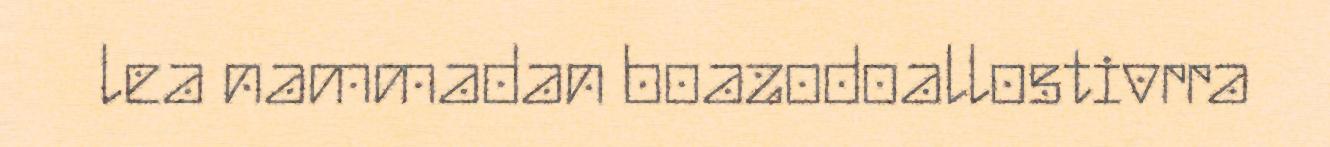
lea nammadan boazodoallostivrra